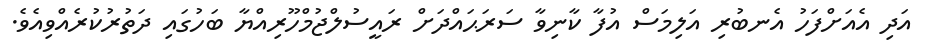
އަދި އެއަށްފަހު އެނބުރި އަލިމަސް އުފާ ކާނިވާ ސަރަޙައްދަށް ރައީސުލްޖުމްހޫރިއްޔާ ބަހުގައި ދަތުރުކުރެއްވިއެވެ.